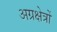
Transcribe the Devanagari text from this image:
अग्रक्षेत्रों